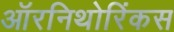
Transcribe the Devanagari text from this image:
ऑरनिथोरिंकस